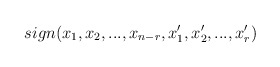
\begin{align*}sign(x_{1},x_{2},...,x_{n-r},x_{1}^{\prime },x_{2}^{\prime},...,x_{r}^{\prime })\end{align*}